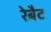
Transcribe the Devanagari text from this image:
रेबैट